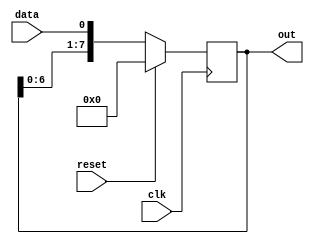
`timescale 1ns / 1ps

module shift_register #(parameter w=8)(
input data,reset,clk,
output reg [w-1:0]out
    );
	 
always @ (posedge clk)
begin
	if (reset==1)
		out = 0;
	else
        //out = {data,out[w-1:1]}; //shift right
		out = {out[w-2:0],data}; //shift left + delete the most significant bit.
end


endmodule